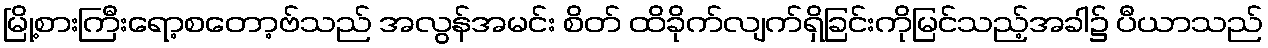
မြို့စားကြီးရော့စတော့ဗ်သည် အလွန်အမင်း စိတ် ထိခိုက်လျက်ရှိခြင်းကိုမြင်သည့်အခါ၌ ပီယာသည်